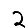
Digit: 2